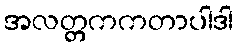
အလတ္တကကတာပါဒါ